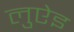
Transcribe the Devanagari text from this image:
लुऐइ